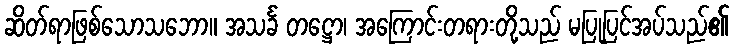
ဆိတ်ရာဖြစ်သောသဘော။ အသင်္ခ တဋ္ဌော၊ အကြောင်းတရားတို့သည် မပြုပြင်အပ်သည်၏